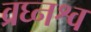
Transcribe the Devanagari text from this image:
व्रघ्नश्व